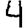
Digit: 4